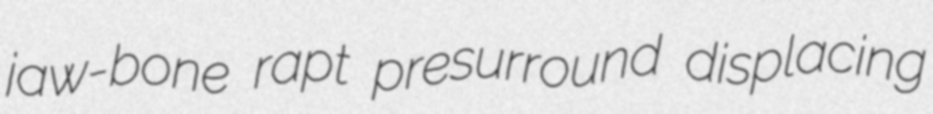
jaw-bone rapt presurround displacing